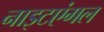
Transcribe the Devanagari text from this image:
नाइटएंगल